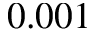
0 . 0 0 1